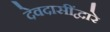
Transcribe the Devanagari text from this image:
देवदासींद्वारे